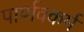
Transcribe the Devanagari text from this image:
पार्णवकर्म